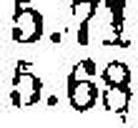
5.68